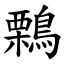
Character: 鷅